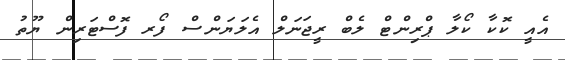
އެއީ ކޮކާ ކޯލާ ޕްރިންޓް ލެބް ރީޖަނަލް އެލަޔަންސް ފޯރ ފޮސްޓަރިން ޔޫތު